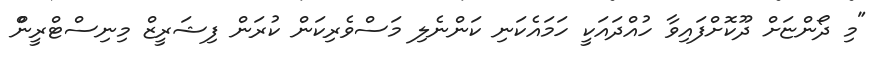
"މި ދޯންޏަށް ދޫކޮށްފައިވާ ހުއްދައަކީ ހަމައެކަނި ކަންނެލި މަސްވެރިކަން ކުރަން ފިޝަރީޒް މިނިސްޓްރީންް